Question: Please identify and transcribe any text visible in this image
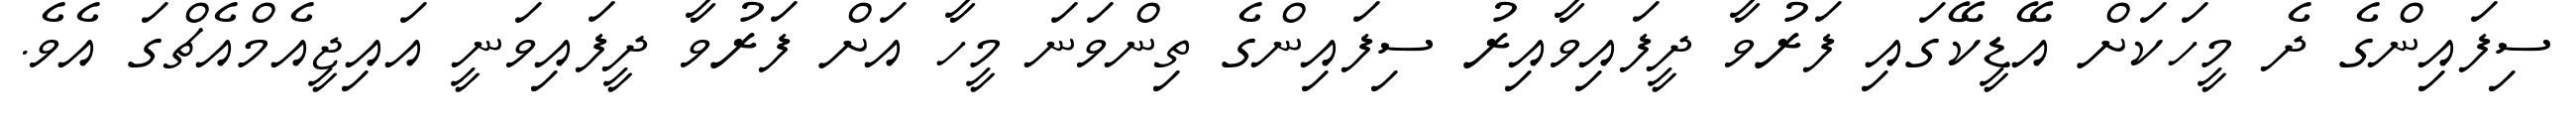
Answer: ސިފައިންގެ ދެ މީހަކަށް އޭޑީކޭގައި ފަރުވާ ދީފައިވާއިރު ސިފައިންގެ ތިންވަނަ މީހާ އަށް ފަރުވާ ދީފައިވަނީ އައިޖީއެމްއެޗްގަ އެވެ.